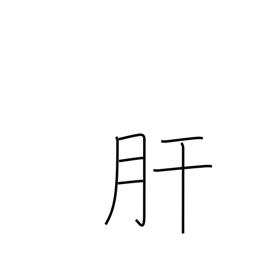
Meaning: pluck